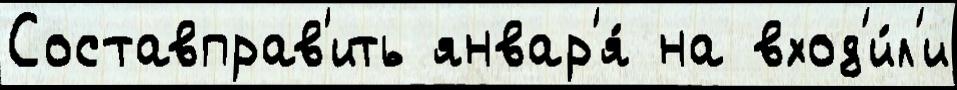
Составправ'ить январ'я́ на вход'и́л'и